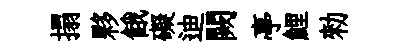
搨夥餓礙迪闕亭鯉勑